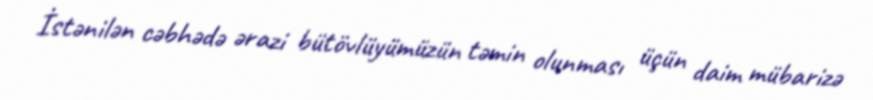
İstənilən cəbhədə ərazi bütövlüyümüzün təmin olunması üçün daim mübarizə